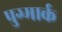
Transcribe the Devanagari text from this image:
पुग्मार्क